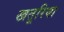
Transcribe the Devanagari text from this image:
खतूरिया